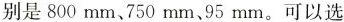
别是800mm、’750mm、95mm。可以选